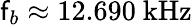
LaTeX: \mathsf{f}_{b}\approx12.690~\mathrm{{kHz}}